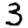
Digit: 3